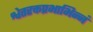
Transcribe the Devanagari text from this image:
श्वेतरक्तप्रभाभिन्नं